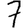
Digit: 7